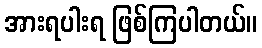
အားရပါးရ ဖြစ်ကြပါတယ်။